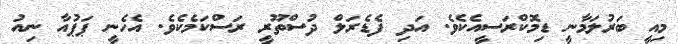
މިއީ ބަރުލަމާނީ ޑިމޮކްރަސީއެކެވެ. އަދި ފެޑެރަލް ދުސްތޫރީ ރަސްކަމެކެވެ. އެހެނީ ޕަޕުއާ ނިއު